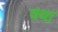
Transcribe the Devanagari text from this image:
वथा